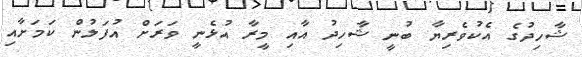
ޝާހިދުގެ އެކުވެރިޔާ ބުނީ ޝާހިދު އާއި މީރާ އުޅެނީ ވަރަށް އުފަލުން ކަމަށާއި